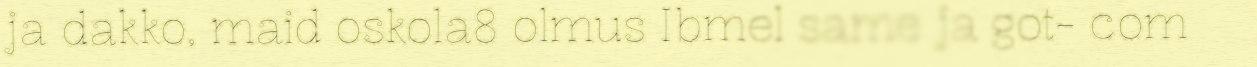
ja dakko, maid oskola8 olmus Ibmel same ja got- com